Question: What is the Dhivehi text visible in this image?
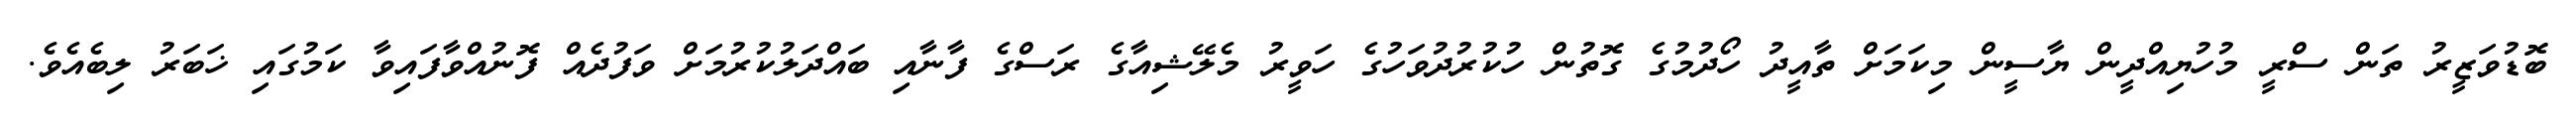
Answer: ބޮޑުވަޒީރު ތަން ސްރީ މުހުޔިއްދީން ޔާސީން މިކަމަށް ތާއީދު ހޯދުމުގެ ގޮތުން ހުކުރުދުވަހުގެ ހަވީރު މެލޭޝިއާގެ ރަސްގެ ފާނާއި ބައްދަލުކުރުމަށް ވަފުދެއް ފޮނުއްވާފައިވާ ކަމުގައި ޚަބަރު ލިބެއެވެ.